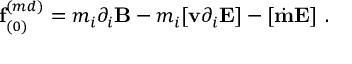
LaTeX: { \bf f } _ { ( 0 ) } ^ { ( m d ) } = m _ { i } \partial _ { i } { \bf B } - m _ { i } [ { \bf v } \partial _ { i } { \bf E } ] - [ \dot { \bf m } { \bf E } ] \ .